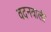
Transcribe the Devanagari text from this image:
वदनवाली